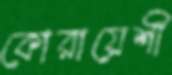
কোরায়েশী